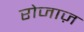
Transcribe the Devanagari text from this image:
रोजाज़